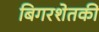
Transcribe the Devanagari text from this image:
बिगरशेतकी